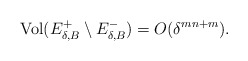
\begin{align*}{\rm Vol} (E^+_{\delta,B} \setminus E^-_{\delta,B}) = O(\delta^{mn+m}).\end{align*}